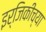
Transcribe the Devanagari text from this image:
इर्जिकीच्या